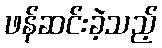
ဖန်ဆင်းခဲ့သည့်